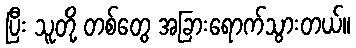
ပြီး သူတို့ တစ်တွေ အခြားရောက်သွားတယ်။